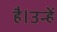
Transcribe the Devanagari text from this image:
है।उन्हें